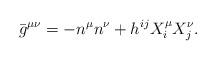
LaTeX: \begin{align*}{}\bar{g}^{\mu \nu} = - n^\mu n^\nu + h^{ij} X^{\mu}_i X^{\nu}_j.\end{align*}